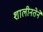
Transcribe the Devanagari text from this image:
शालीनतेने